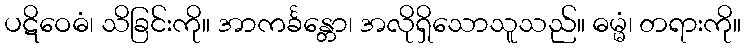
ပဋိဝေဓံ၊ သိခြင်းကို။ အာကင်္ခန္တော၊ အလိုရှိသောသူသည်။ ဓမ္မံ၊ တရားကို။